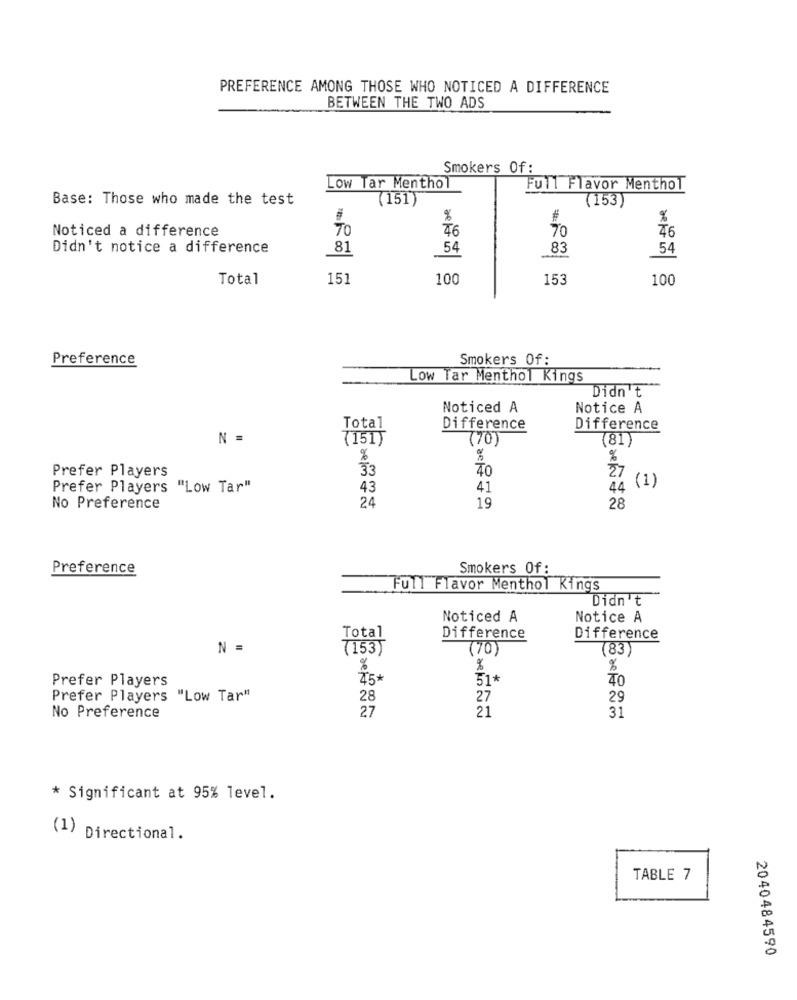
PREFERENCE AMONG THOSE WHO NOTICED A DIFFERENCE
BETWEEN THE TWO ADS
Smokers Of :
Low Tar Menthol
Full Flavor Menthol
Base: Those who made the test
(151
(153
%
#
%
Noticed a difference
70
46
70
Didn't notice a difference
81
54
83
54
Total
151
100
153
100
Preference
Smokers Of:
Low Tar Menthol Kings
Didn't
Noticed A
Notice A
Total
Difference
Difference
N =
(151)
(70)
(81)
%
%
%
33
27
Prefer Players
(1)
Prefer Players "Low Tar"
43
41
4.4
24
No Preference
19
28
Preference
Smokers Of:
Full Flavor Menthol Kings
Didn't
Noticed A
Notice A
Total
Difference
Difference
N =
(153)
(70)
(83)
%
%
%
Prefer Players
45*
51*
40
Prefer Players "Low Tar"
28
27
29
27
21
31
No Preference
* Significant at 95% level.
(1) Directional.
TABLE 7
2040484590